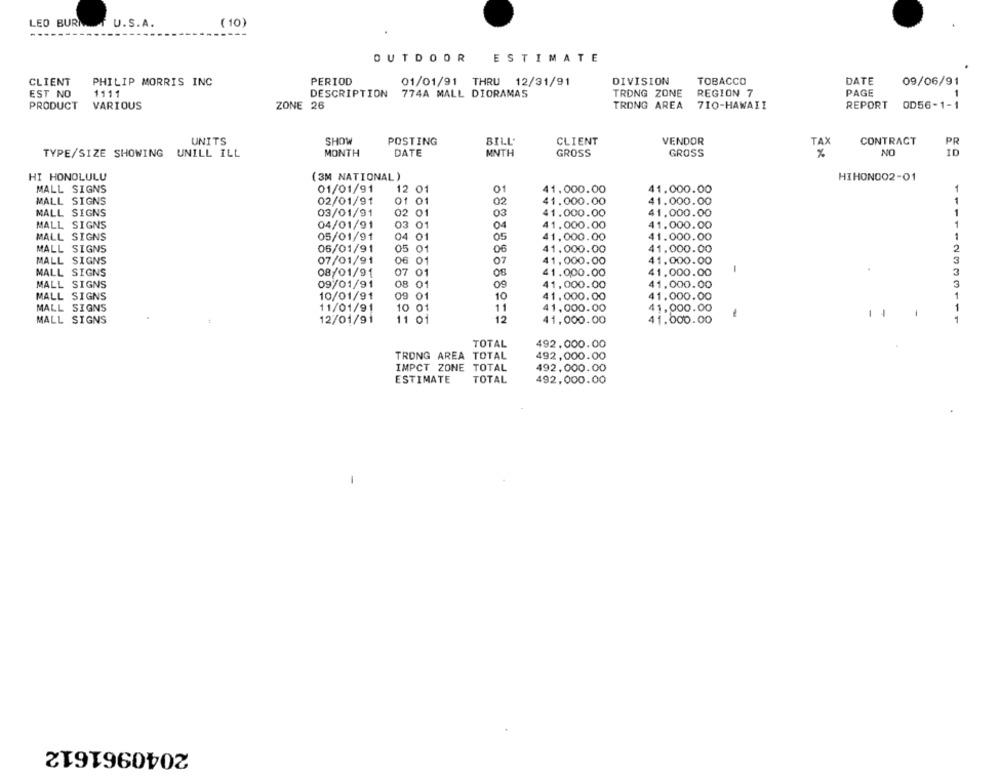
LEO BURN
U.S.A.
( 10)
OUTDOOR
ESTIMATE
CLIENT
PHILIP MORRIS INC
PERIOD
01/01/91 THRU 12/31/91
DIVISION
TOBACCO
DATE
09/06/91
EST NO
1111
DESCRIPTION
774A MALL DIORAMAS
TRONG ZONE
REGION 7
PAGE
-
PRODUCT
VARIOUS
ZONE 26
TRONG AREA
710-HAWAII
REPORT
OD56-1-1
UNITS
SHOW
POSTING
BILL'
CLIENT
VENDOR
CONTRACT
PR
TAX
ON
TYPE/SIZE SHOWING UNILL ILL
MONTH
DATE
MNTH
GROSS
GROSS
%
ID
HI HONOLULU
(3M NATIONAL)
HIHON002-01
MALL SIGNS
01/01/91
01
1
12 01
41.000.00
41.000.00
MALL SIGNS
02/01/91
01 01
02
41.000.00
41.000.00
1
1
MALL SIGNS
03/01/91
02 01
03
41.000.00
41.000.00
MALL SIGNS
04/01/91
03 01
04
41.000.00
41.000.00
1
MALL SIGNS
05/01/91
04 01
05
41,000.00
41.000.00
1
MALL SIGNS
06/01/91
05
01
06
41.000.00
41.000.00
2
3
MALL SIGNS
07/01/91
06
01
07
41,000.00
41.000.00
MALL SIGNS
08/01/91
07 01
41.000.00
41.000.00
-
MALL SIGNS
09/01/91
08
01
09
41,000.00
41.000.00
3
MALL SIGNS
10/01/91
09 01
10
41.000.00
41.000.00
1
MALL SIGNS
11/01/91
10 01
11
41.000.00
41.000.00
1
MALL SIGNS
12/01/91
11 01
12
41,000.00
41.000.00
-
14
1
TOTAL
492.000.00
TRONG AREA TOTAL
492,000.00
IMPCT ZONE TOTAL
492,000.00
ESTIMATE
TOTAL
492,000.00
-
2040961612